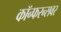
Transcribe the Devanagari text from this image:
कॉन्फरन्सवर